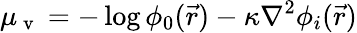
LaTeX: {\mu_{\mathrm{~v~}}=-\log\phi_{0}(\vec{r})-\kappa\nabla^{2}\phi_{i}(\vec{r})}